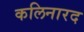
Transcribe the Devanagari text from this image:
कलिनारद